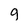
Character: g